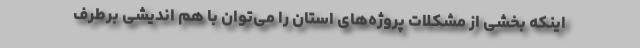
اینکه بخشی از مشکلات پروژه‌های استان را می‌توان با هم اندیشی برطرف